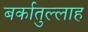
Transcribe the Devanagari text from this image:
बर्कातुल्लाह